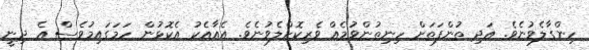
ހިންގާލެވުނެވެ. އަދި ތުންފަތަށް ހިނިތުންވުމެއް ވެރިކޮށްލެވުނެވެ. އެއާއެކު އެކޮޅުން ހަމަގައިމުވެސް އެ ދިނީ